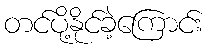
တင်ပို့နိုင်ခဲ့ကြောင်း